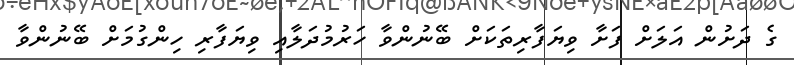
ގެ ދަށުން އަލަށް ފަށާ ވިޔަފާރިތަކަށް ބޭނުންވާ ހަރުމުދަލާއި ވިޔަފާރި ހިންގުމަށް ބޭނުންވާ